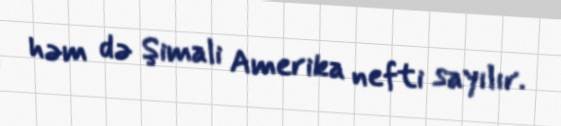
həm də Şimali Amerika nefti sayılır.